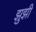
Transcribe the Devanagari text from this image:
झुझी